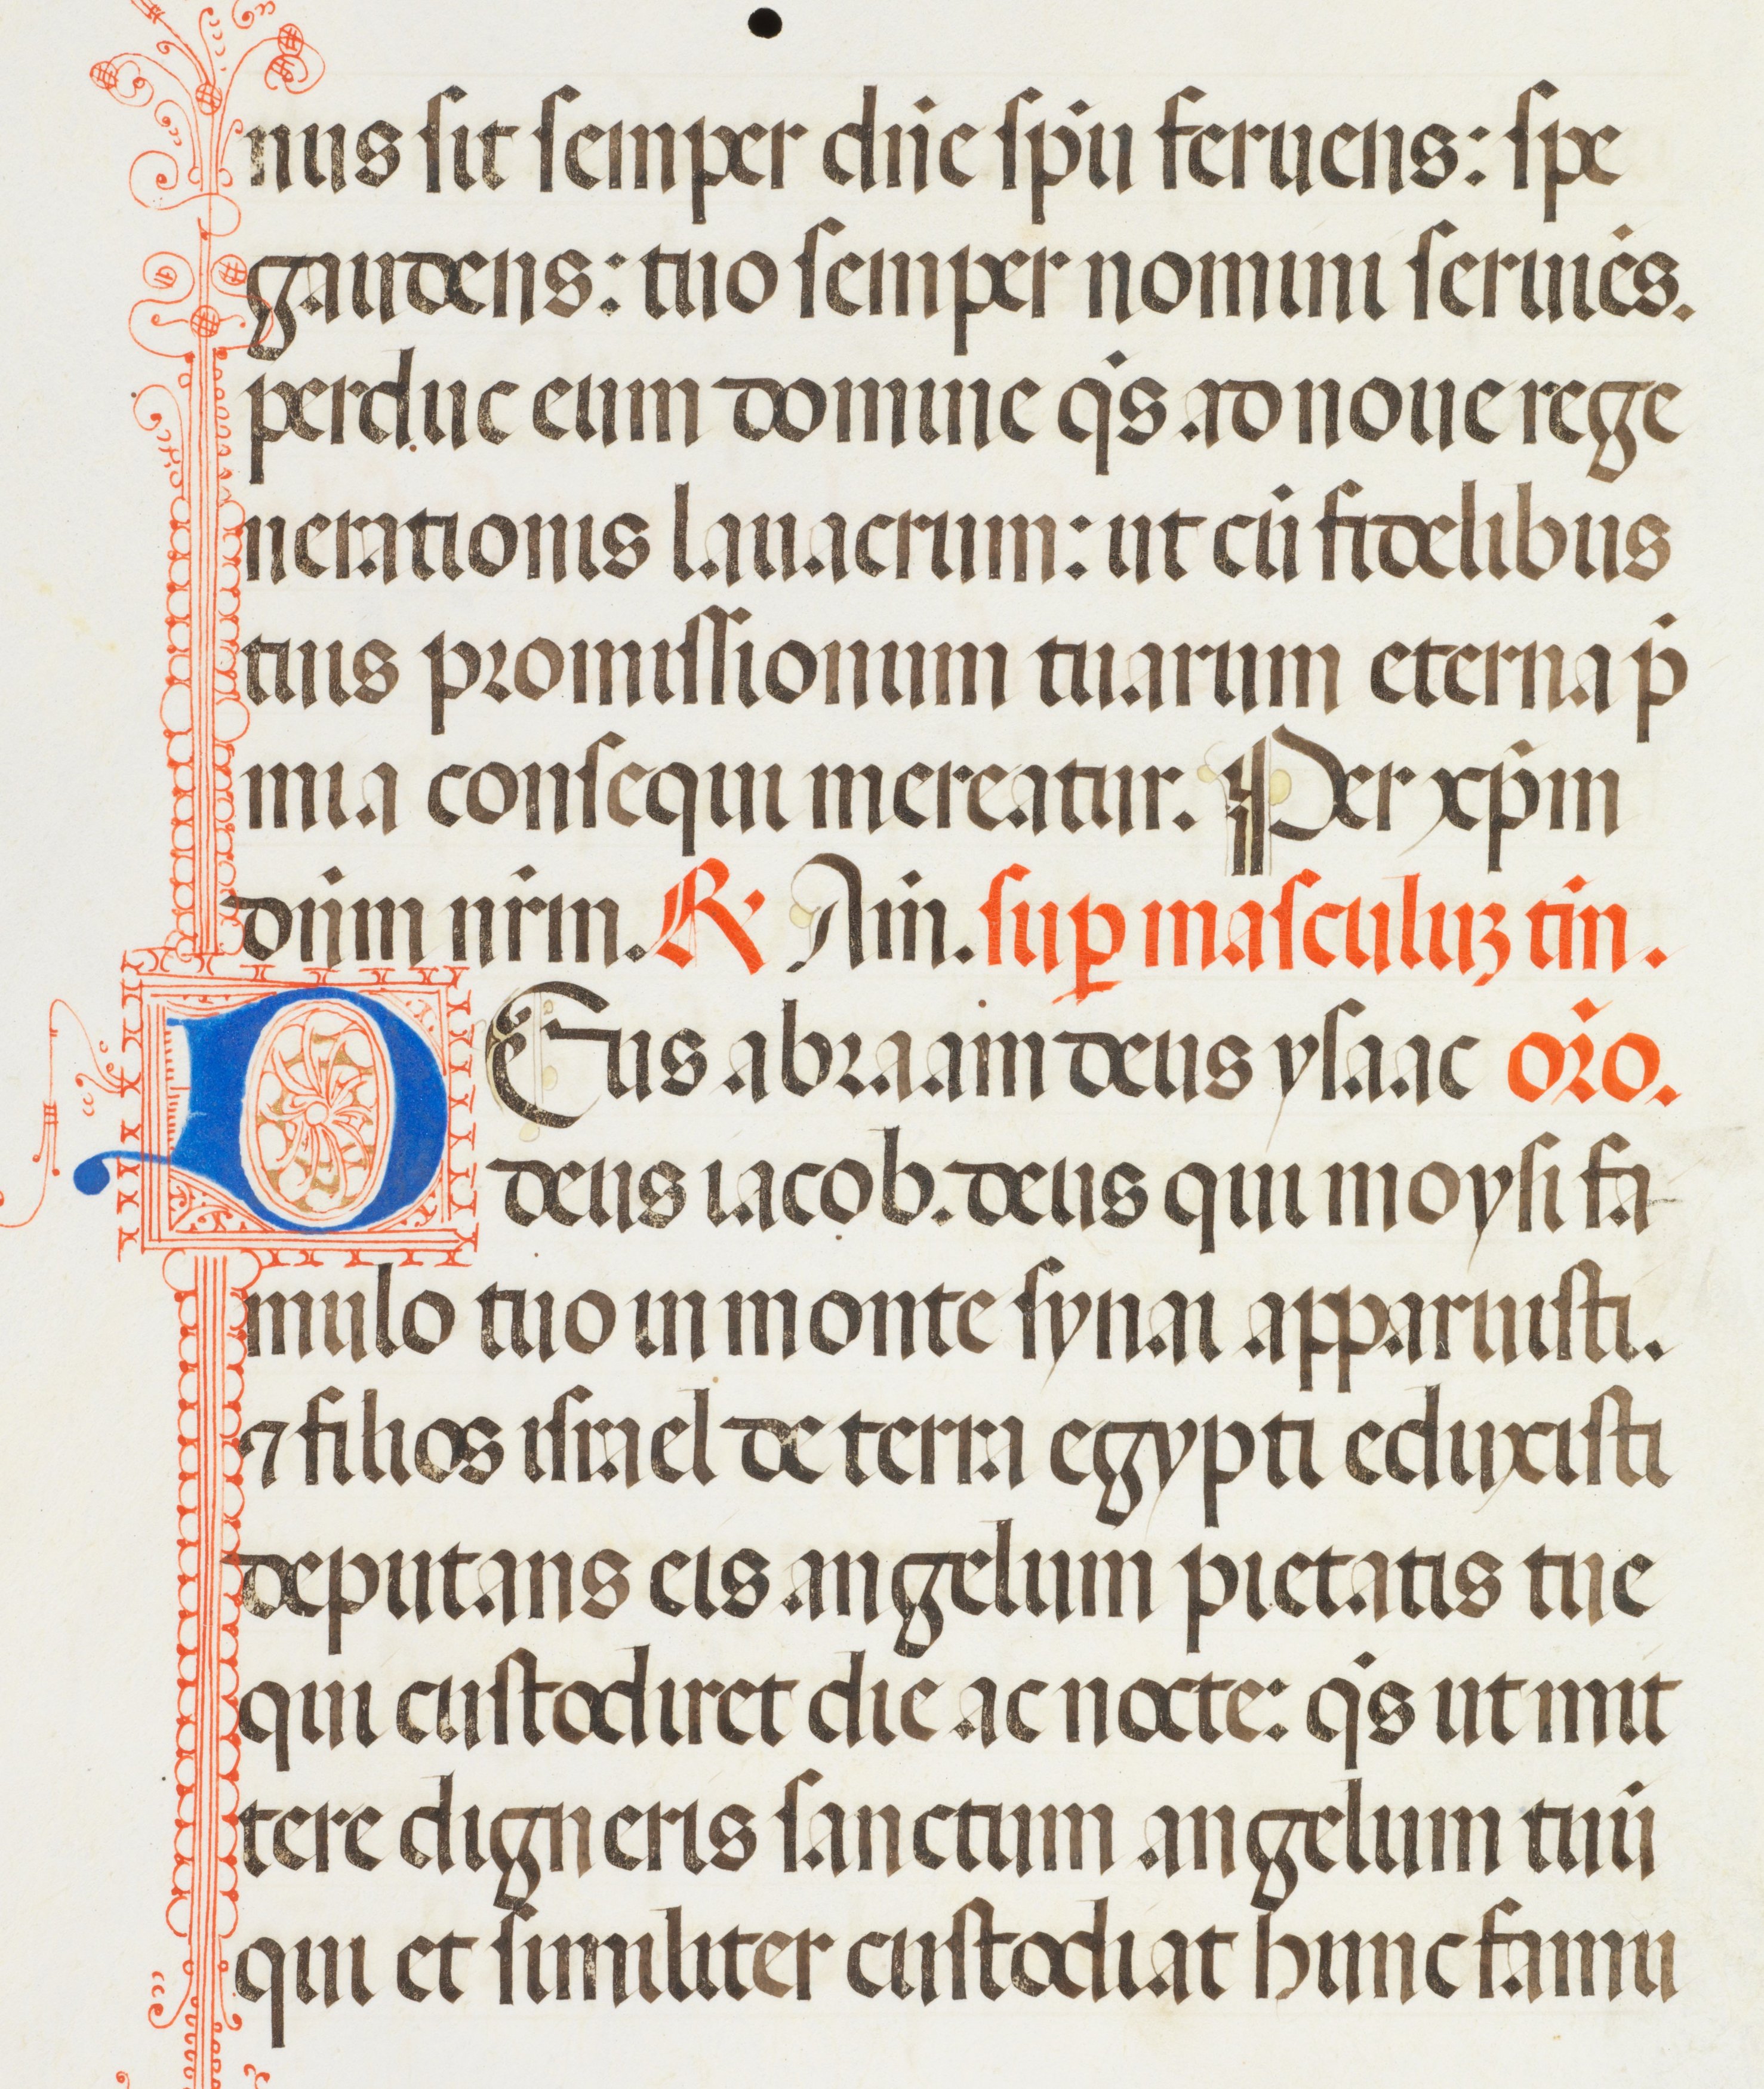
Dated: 1455–1599